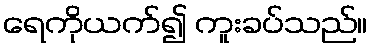
ရေကိုယက်၍ ကူးခပ်သည်။